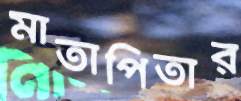
মাতাপিতার